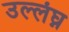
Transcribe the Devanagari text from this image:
उल्लंघ्न